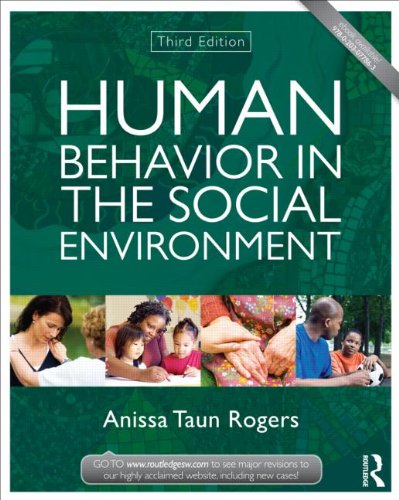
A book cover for Human Behavior in the Social Environment (New Directions in Social Work); Anissa Rogers; Politics & Social Sciences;